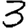
Digit: 3